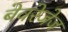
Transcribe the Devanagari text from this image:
बेवरेजेज